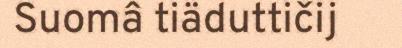
Suomâ tiäduttičij